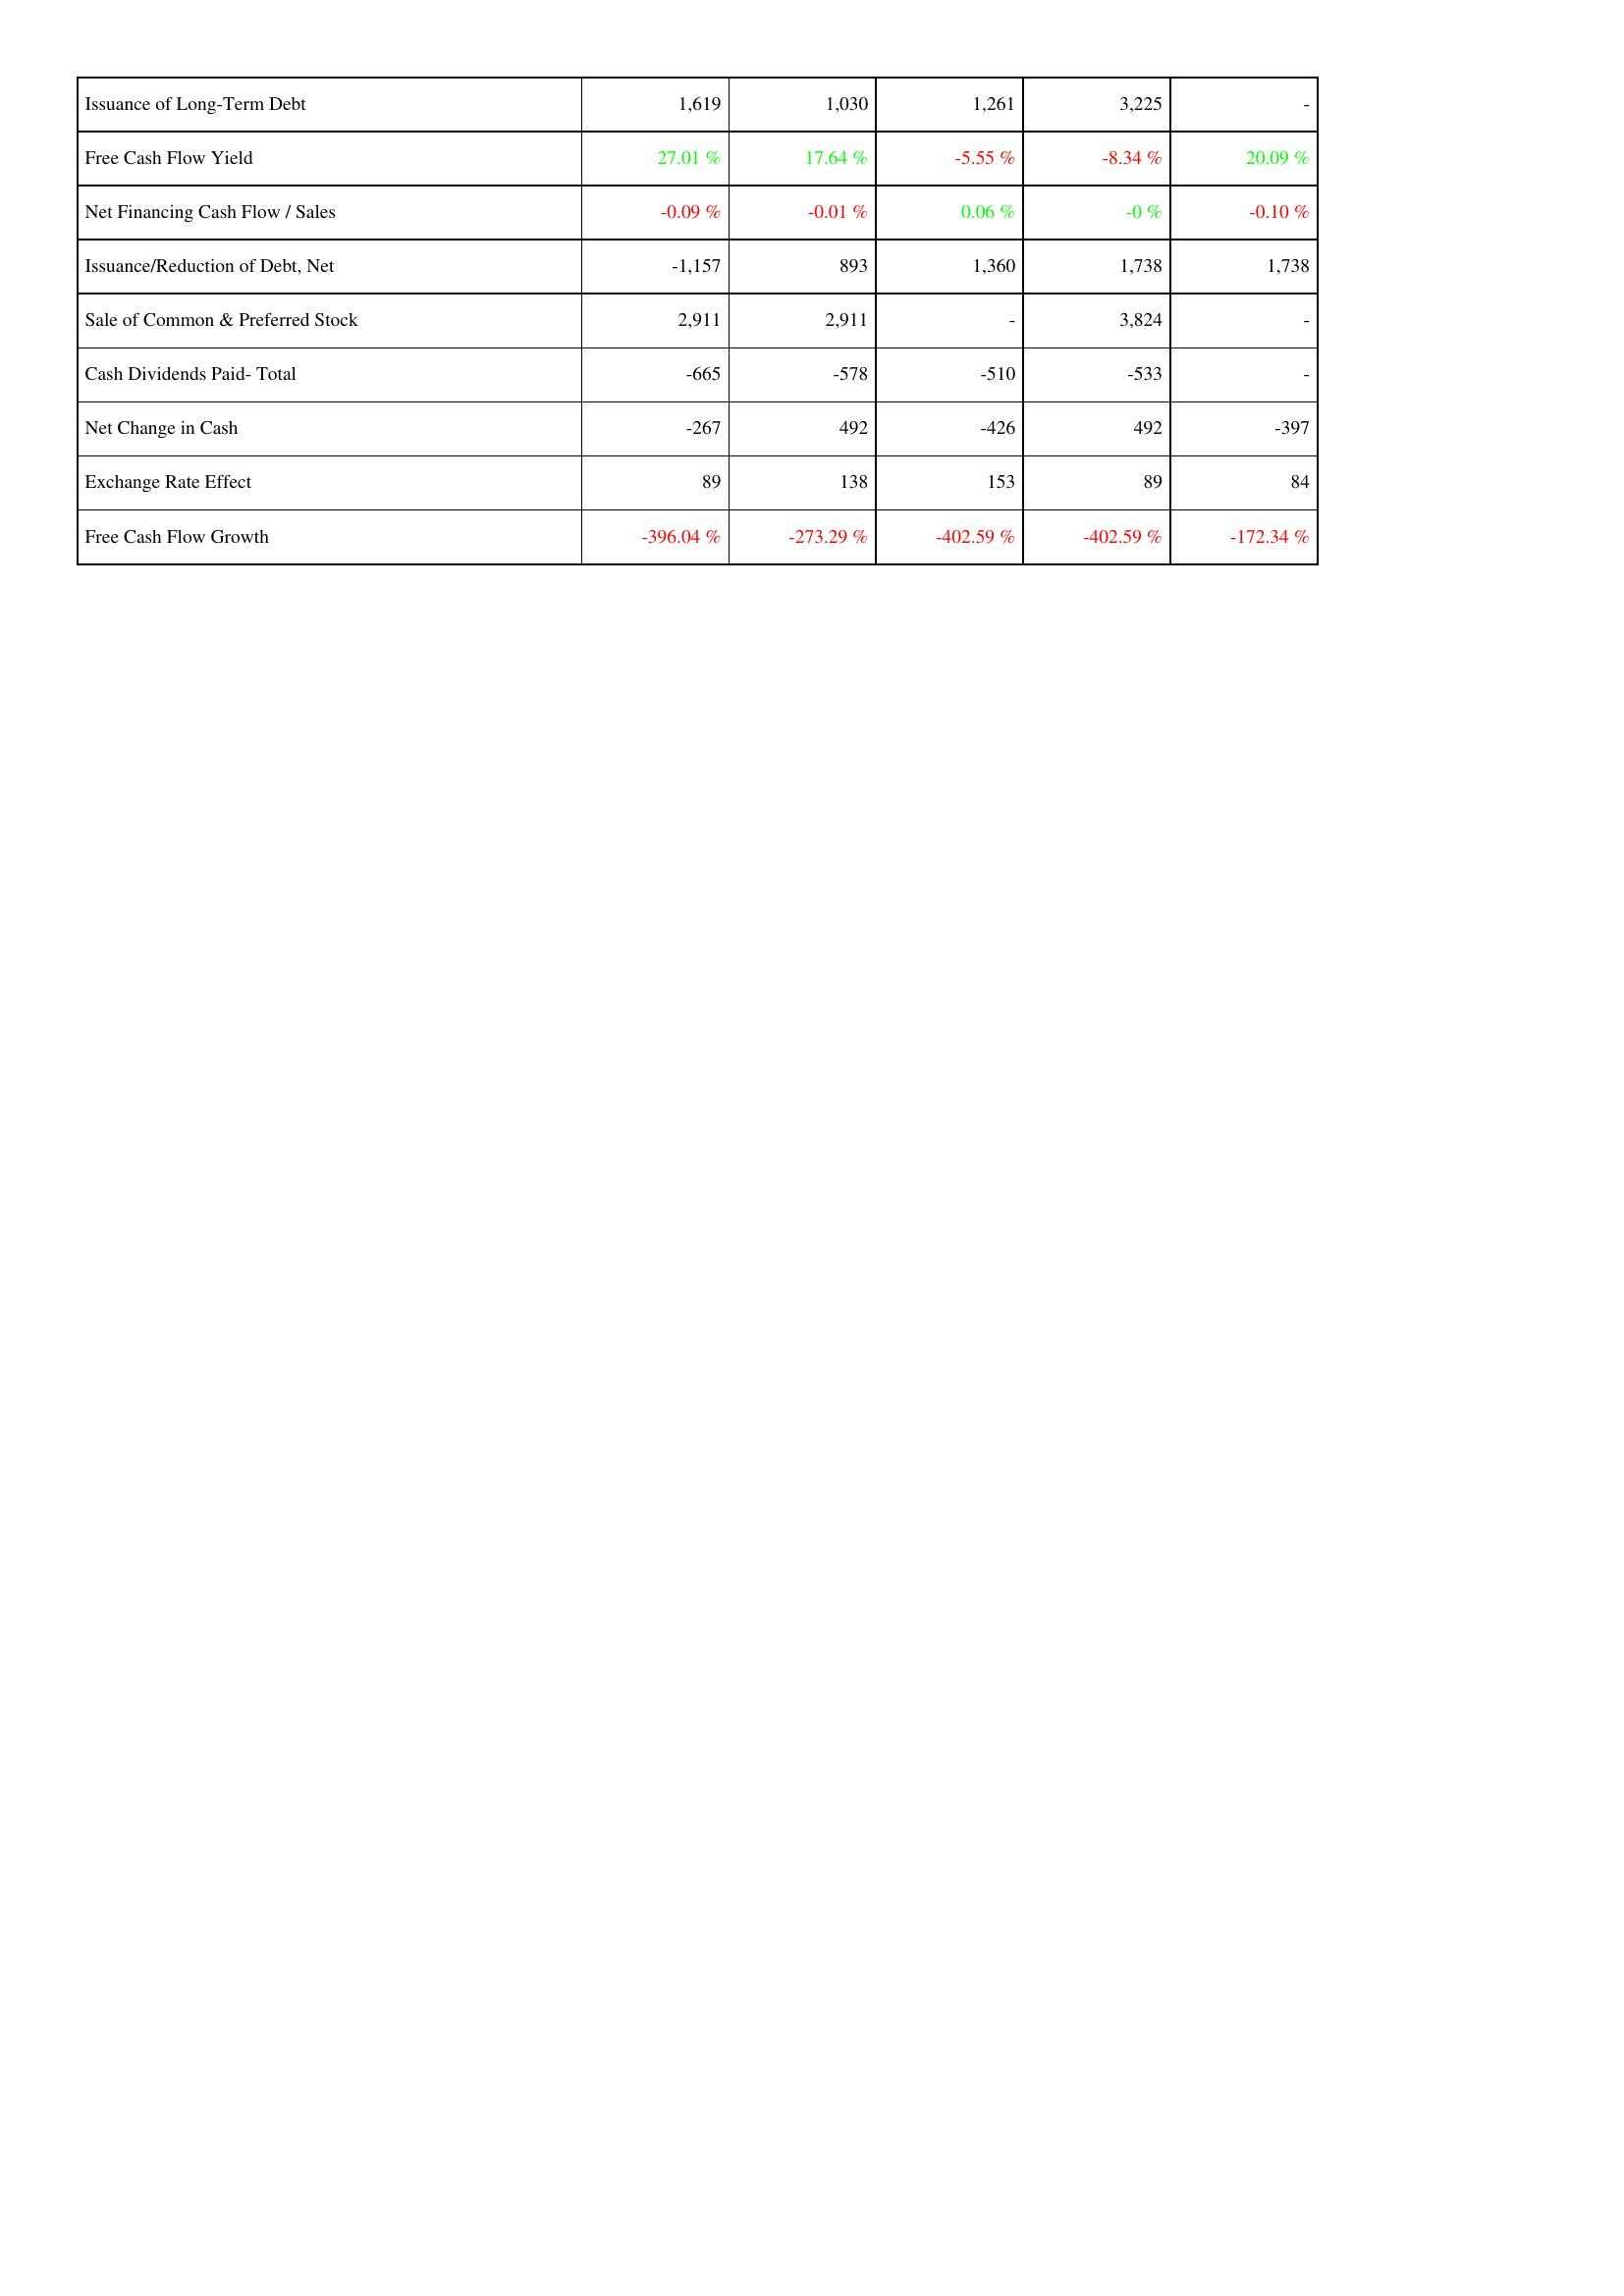
2015: Financing Activities: Issuance of Long-Term Debt: 1,619
Free Cash Flow Yield: 27.01 %
Net Financing Cash Flow / Sales: -0.09 %
Issuance/Reduction of Debt, Net: -1,157
Sale of Common & Preferred Stock: 2,911
Cash Dividends Paid- Total: -665
Net Change in Cash: -267
Exchange Rate Effect: 89
Free Cash Flow Growth: -396.04 %
2016: Financing Activities: Issuance of Long-Term Debt: 1,030
Free Cash Flow Yield: 17.64 %
Net Financing Cash Flow / Sales: -0.01 %
Issuance/Reduction of Debt, Net: 893
Sale of Common & Preferred Stock: 2,911
Cash Dividends Paid- Total: -578
Net Change in Cash: 492
Exchange Rate Effect: 138
Free Cash Flow Growth: -273.29 %
2017: Financing Activities: Issuance of Long-Term Debt: 1,261
Free Cash Flow Yield: -5.55 %
Net Financing Cash Flow / Sales: 0.06 %
Issuance/Reduction of Debt, Net: 1,360
Sale of Common & Preferred Stock: -
Cash Dividends Paid- Total: -510
Net Change in Cash: -426
Exchange Rate Effect: 153
Free Cash Flow Growth: -402.59 %
2018: Financing Activities: Issuance of Long-Term Debt: 3,225
Free Cash Flow Yield: -8.34 %
Net Financing Cash Flow / Sales: -0 %
Issuance/Reduction of Debt, Net: 1,738
Sale of Common & Preferred Stock: 3,824
Cash Dividends Paid- Total: -533
Net Change in Cash: 492
Exchange Rate Effect: 89
Free Cash Flow Growth: -402.59 %
2019: Financing Activities: Issuance of Long-Term Debt: -
Free Cash Flow Yield: 20.09 %
Net Financing Cash Flow / Sales: -0.10 %
Issuance/Reduction of Debt, Net: 1,738
Sale of Common & Preferred Stock: -
Cash Dividends Paid- Total: -
Net Change in Cash: -397
Exchange Rate Effect: 84
Free Cash Flow Growth: -172.34 %